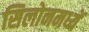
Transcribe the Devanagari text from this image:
सिलोनमध्यें